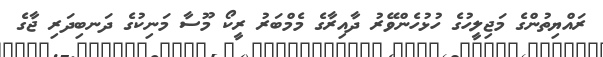
ރައްޔިތުންގެ މަޖިލީހުގެ ހުޅުހެންވޭރު ދާއިރާގެ މެމްބަރު ރީކޯ މޫސާ މަނިކުގެ ދަނބިދަރި ޖާގެ